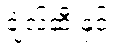
ချဲလ်ဆီးနှင့်